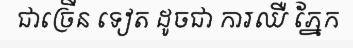
ជាច្រើន ទៀត ដូចជា ការឈឺ ភ្នែក